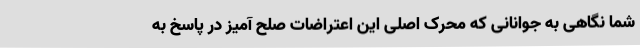
شما نگاهی به جوانانی که محرک اصلی این اعتراضات صلح آمیز در پاسخ به